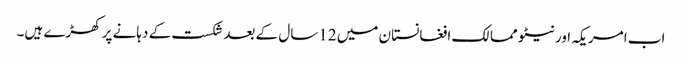
اب امریکہ اور نیٹو ممالک افغانستان میں 12سال کے بعد شکست کے دہانے پر کھڑے ہیں۔